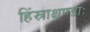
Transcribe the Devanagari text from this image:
हिंस्राश्चण्डाः